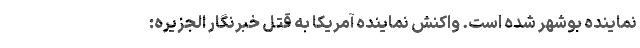
نماینده بوشهر شده است. واکنش نماینده آمریکا به قتل خبرنگار الجزیره: